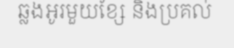
ឆ្លងអូរមួយខ្សែ និងប្រគល់